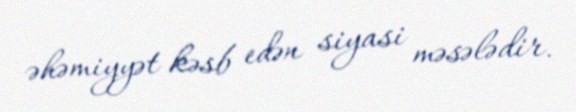
əhəmiyyət kəsb edən siyasi məsələdir.